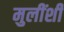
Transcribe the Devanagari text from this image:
मुलींशी